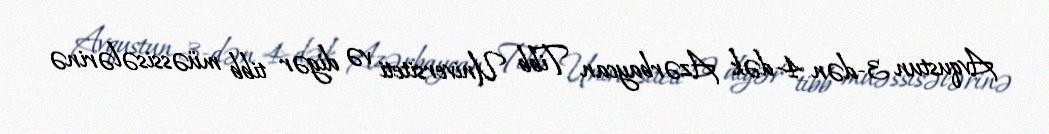
Avqustun 3-dən 4-dək Azərbaycan Tibb Universiteti və digər tibb müəssisələrinə